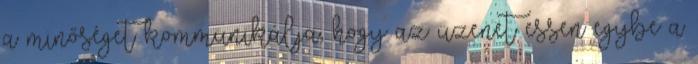
a minőséget kommunikálja, hogy az üzenet essen egybe a